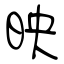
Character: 映